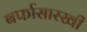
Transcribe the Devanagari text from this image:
बर्फासारखी